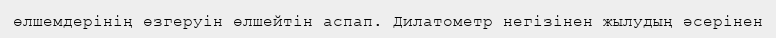
өлшемдерінің өзгеруін өлшейтін аспап. Дилатометр негізінен жылудың әсерінен